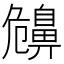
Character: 𪖤